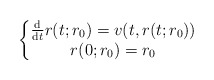
\begin{align*}\left\{\begin{matrix}\frac{\mathrm{d}}{\mathrm{d}t}r(t;r_{0})=v(t,r(t;r_{0}))\\r(0;r_{0})=r_{0}\end{matrix}\right. \end{align*}